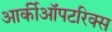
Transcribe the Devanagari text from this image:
आर्कीऑपटरिक्स